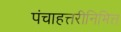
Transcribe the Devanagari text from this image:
पंचाहत्तरीनिमित्त